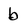
Character: b